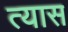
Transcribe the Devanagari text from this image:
त्‍यास